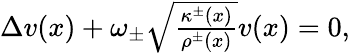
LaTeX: \begin{array}{r}{\Delta v(x)+\omega_{\pm}\sqrt{\frac{\kappa^{\pm}(x)}{\rho^{\pm}(x)}}v(x)=0,}\end{array}